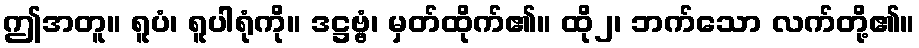
ဤအတူ။ ရူပံ၊ ရူပါရုံကို။ ဒဋ္ဌဗ္ဗံ၊ မှတ်ထိုက်၏။ ထို၂၊ ဘက်သော လက်တို့၏။